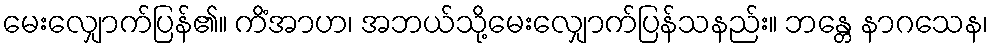
မေးလျှောက်ပြန်၏။ ကိံအာဟ၊ အဘယ်သို့မေးလျှောက်ပြန်သနည်း။ ဘန္တေ နာဂသေန၊